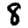
Digit: 8